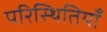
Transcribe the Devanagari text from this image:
परिस्थितियॉं